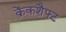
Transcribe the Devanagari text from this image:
क्रेंकशैफ्ट